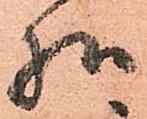
様